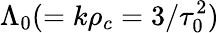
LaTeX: \Lambda_{0}(=k\rho_{c}=3/\tau_{0}^{2})